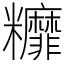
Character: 䊳